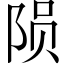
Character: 陨